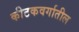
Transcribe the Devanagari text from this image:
कीटकवर्गातील